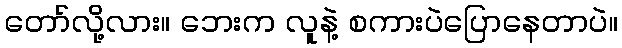
တော်လို့လား။ ဘေးက လူနဲ့ စကားပဲပြောနေတာပဲ။